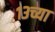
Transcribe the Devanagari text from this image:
१३च्या